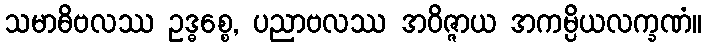
သမာဓိဗလဿ ဥဒ္ဓစ္စေ, ပညာဗလဿ အဝိဇ္ဇာယ အကမ္ပိယလက္ခဏံ။